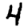
Digit: 4